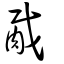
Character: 胾